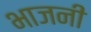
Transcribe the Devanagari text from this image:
भाजनी